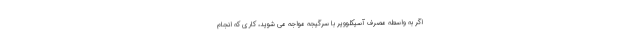
اگر به واسطه مصرف آسیکلوویر با سرگیجه مواجه می شوید، کاری که انجام